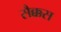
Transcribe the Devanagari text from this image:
सैक्कस